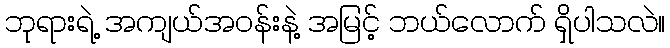
ဘုရားရဲ့ အကျယ်အဝန်းနဲ့ အမြင့် ဘယ်လောက် ရှိပါသလဲ။